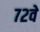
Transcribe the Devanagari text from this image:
७२वे